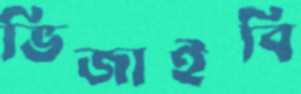
ভিজাইবি